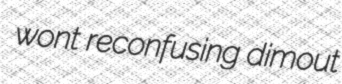
wont reconfusing dimout